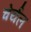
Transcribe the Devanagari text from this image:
चेर्यल